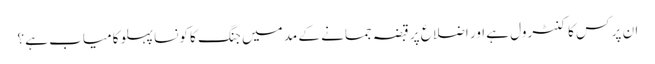
ان پر کس کا کنٹرول ہے اور اضلاع پر قبضہ جمانے کے مد میں جنگ کا کونسا پہلو کامیاب ہے ؟